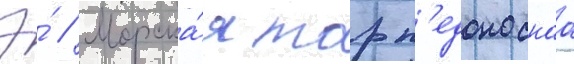
Э́ // Морска́я торп'едоноснаа